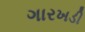
ગારખડી